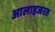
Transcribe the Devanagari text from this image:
आलाहजरत